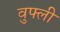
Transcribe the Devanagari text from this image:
वुफ्ली